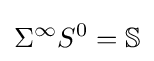
\Sigma ^{\infty }S^{0}=\mathbb {S}